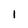
Character: l